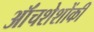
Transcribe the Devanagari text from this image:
ऑंचशेशोंकी